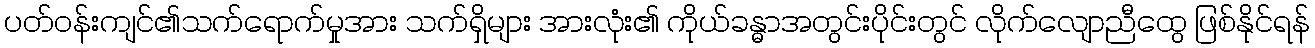
ပတ်ဝန်းကျင်၏သက်ရောက်မှုအား သက်ရှိများ အားလုံး၏ ကိုယ်ခန္ဓာအတွင်းပိုင်းတွင် လိုက်လျောညီထွေ ဖြစ်နိုင်ရန်